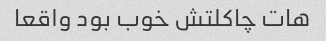
هات چاکلتش خوب بود واقعا